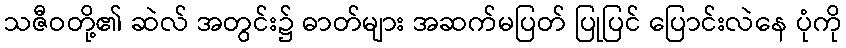
သဇီဝတို့၏ ဆဲလ် အတွင်း၌ ဓာတ်များ အဆက်မပြတ် ပြုပြင် ပြောင်းလဲနေ ပုံကို